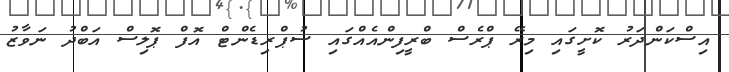
އިސްކަންދަރު ކޮށީގައި މިރޭ ޕްރެސް ބްރީފިންއެއްގައި ސުޕްރިޑެންޓް އޮފް ޕޮލިސް އަބްދު ނަވާޒު